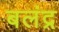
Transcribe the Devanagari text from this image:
बलंद्र